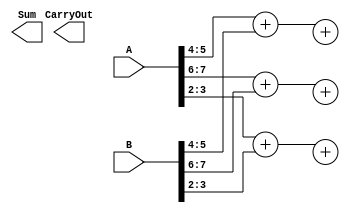
module carry_skip_lookahead_adder (
    input wire [N-1:0] A,
    input wire [N-1:0] B,
    output wire [N:0] Sum,
    output wire CarryOut
);

parameter N = 8;

// Define arithmetic blocks
reg [N-1:0] A_reg;
reg [N-1:0] B_reg;
wire [N:0] Sum_intermediate;
wire [N:1] Carry_intermediate;

// instantiate arithmetic blocks
always @* begin
    A_reg = A;
    B_reg = B;
end

// instantiate carry-skip unit
genvar i;
generate
    for(i = 0; i < N; i = i+2) begin
        assign Sum_intermediate[i+1:i] = A_reg[i+1:i] + B_reg[i+1:i] + Carry_intermediate[i];
        assign Carry_intermediate[i+1] = (A_reg[i+1] & B_reg[i+1]) | (A_reg[i+1] & Carry_intermediate[i]) | (B_reg[i+1] & Carry_intermediate[i]);
    end
endgenerate

// instantiate look-ahead logic
assign CarryOut = Carry_intermediate[N];
assign Sum = {Carry_intermediate[N], Sum_intermediate[N-1:0]};

endmodule